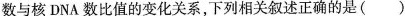
数与核DNA 数比值的变化关系，下列相关叙述正确的是( )